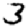
Digit: 3